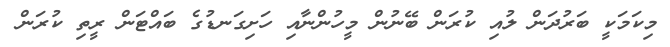
މިކަމަކީ ބަރުދަން ލުއި ކުރަން ބޭނުން މީހުންނާއި ހަށިގަނޑުގެ ބައްޓަން ރީތި ކުރަން